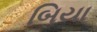
બિયા